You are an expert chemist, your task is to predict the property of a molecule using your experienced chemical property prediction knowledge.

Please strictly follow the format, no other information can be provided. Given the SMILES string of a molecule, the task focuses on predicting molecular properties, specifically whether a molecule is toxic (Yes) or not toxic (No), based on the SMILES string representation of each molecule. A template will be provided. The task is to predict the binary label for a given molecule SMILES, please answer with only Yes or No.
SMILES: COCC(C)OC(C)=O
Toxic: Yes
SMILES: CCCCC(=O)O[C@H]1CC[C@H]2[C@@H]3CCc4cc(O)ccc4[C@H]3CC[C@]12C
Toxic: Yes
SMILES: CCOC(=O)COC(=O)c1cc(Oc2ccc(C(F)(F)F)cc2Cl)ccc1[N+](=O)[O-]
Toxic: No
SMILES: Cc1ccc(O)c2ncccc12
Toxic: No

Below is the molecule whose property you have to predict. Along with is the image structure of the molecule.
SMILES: [Cr+3]
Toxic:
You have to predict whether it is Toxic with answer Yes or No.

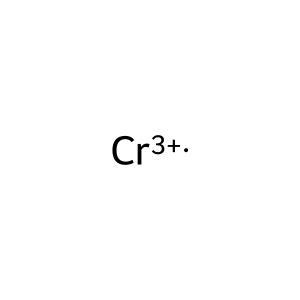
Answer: No